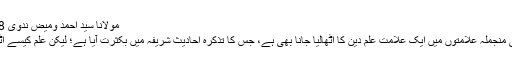
مولانا سید احمد ومیض ندوی 27/04/2018
قربِ قیامت کی منجملہ علامتوں میں ایک علامت علم دین کا اٹھالیا جانا بھی ہے، جس کا تذکرہ احادیث شریفہ میں بکثرت آیا ہے؛ لیکن علم کیسے اٹھالیا جائے گا؟